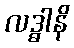
လဒ္ဓါနိ